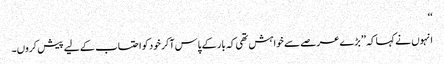
‘‘
انہوں نے کہا کہ ’’بڑے عرصے سے خواہش تھی کہ بار کے پاس آکر خود کو احتساب کے لیے پیش کروں۔